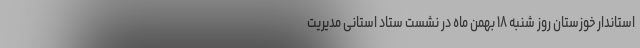
استاندار خوزستان روز شنبه ۱۸ بهمن ماه در نشست ستاد استانی مدیریت